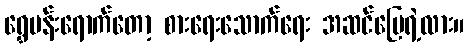
ရွှေမန်းရောက်တော့ စားရေးသောက်ရေး အဆင်ပြေရဲ့လား။